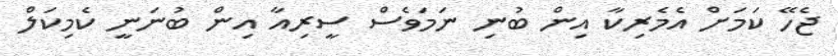
ޖެހޭ ކަމަށް އެމެރިކާ އިން ބުނި ނަމަވެސް ސީރިއާ އިން ބުނަނީ ކެމިކަލް